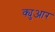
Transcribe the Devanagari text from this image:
क्युआर